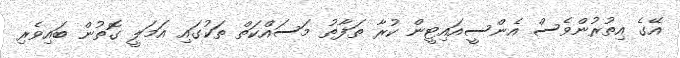
އޭގެ އިތުރުންވެސް އެންސީއައިޓީން ކުރާ ތަފާތު މަސައްކަތް ތަކުގައި އަމަލީ ގޮތުން ބައިވެރި